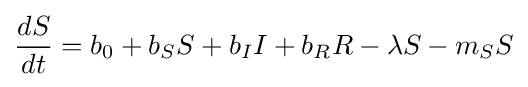
{\frac {dS}{dt}}=b_{0}+b_{S}S+b_{I}I+b_{R}R-\lambda S-m_{S}S